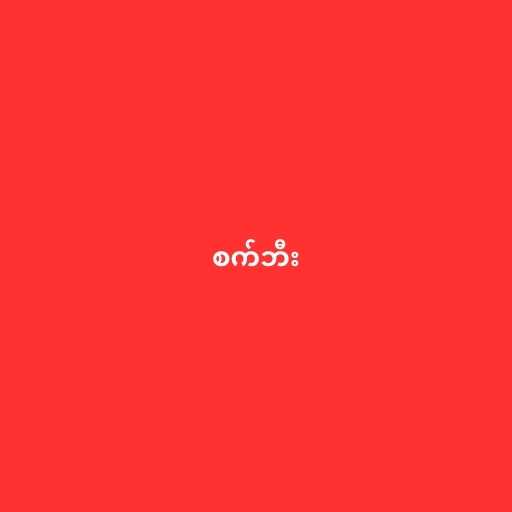
စက်ဘီး